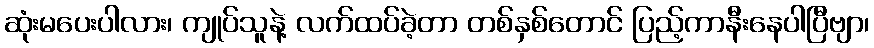
ဆုံးမပေးပါလား၊ ကျုပ်သူနဲ့ လက်ထပ်ခဲ့တာ တစ်နှစ်တောင် ပြည့်ကာနီးနေပါပြီဗျာ၊